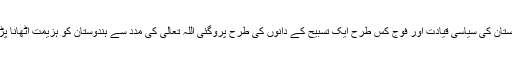
پاکستان کی سیاسی قیادت اور فوج کس طرح ایک تسبیح کے دانوں کی طرح پروگئی اللہ تعالیٰ کی مدد سے ہندوستان کو ہزیمت اٹھانا پڑی۔